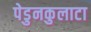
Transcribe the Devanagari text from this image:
पेडुनकुलाटा